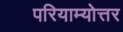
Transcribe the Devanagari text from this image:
परियाम्योत्तर